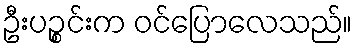
ဦးပဉ္စင်းက ဝင်ပြောလေသည်။